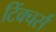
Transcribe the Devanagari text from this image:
टिंक्चर्स